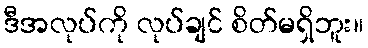
ဒီအလုပ်ကို လုပ်ချင် စိတ်မရှိဘူး။